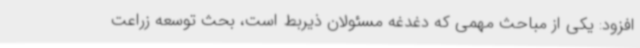
افزود: یکی از مباحث مهمی که دغدغه مسئولان ذیربط است، بحث توسعه زراعت